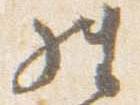
経